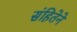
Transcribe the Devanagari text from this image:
संहितेने